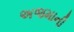
અજમાની